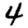
Digit: 4